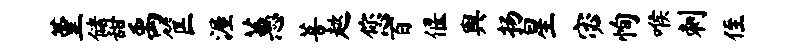
堇储甜禹筐渥蕙菩趑您百偃舆扬星宓恂喉刺侄